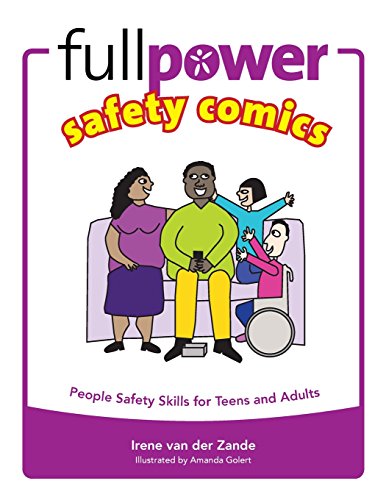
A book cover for FullpowerÂ® Safety Comics: People Safety Skills for Teens and Adults (Kidpower Safety Comics); Irene van der Zande; Teen & Young Adult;